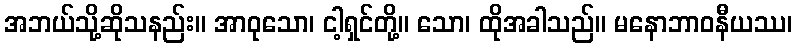
အဘယ်သို့ဆိုသနည်း။ အာဝုသော၊ ငါ့ရှင်တို့။ သော၊ ထိုအခါသည်။ မနောဘာဝနီယဿ၊